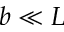
b \ll L